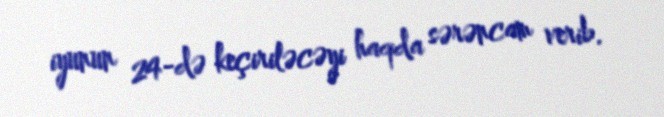
iyunun 24-də keçiriləcəyi haqda sərəncam verib.